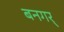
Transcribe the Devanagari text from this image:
बनगर्